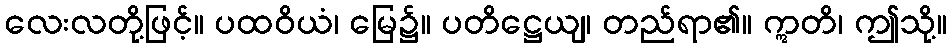
လေးလတို့ဖြင့်။ ပထဝိယံ၊ မြေ၌။ ပတိဋ္ဌေယျ၊ တည်ရာ၏။ ဣတိ၊ ဤသို့။